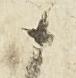
ニ